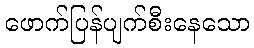
ဖောက်ပြန်ပျက်စီးနေသော